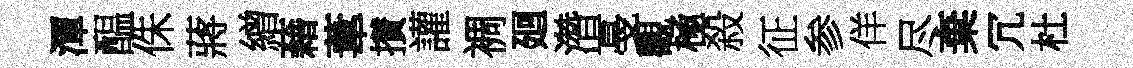
潭醖侏蔣繒藉葦攅讙裯廻濳戞觀極殺征参佯尽棄冗杜